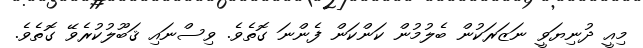
މިއީ ދުނިޔަވީ ނަޒަރަކުން ބެލުމުން ކަންކަން ފެންނަ ގޮތެވެ. ވިސްނައި ޤަބޫލުކުރެވޭ ގޮތެވެ.